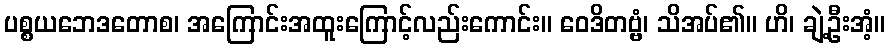
ပစ္စယဘေဒတောစ၊ အကြောင်းအထူးကြောင့်လည်းကောင်း။ ဝေဒိတဗ္ဗံ၊ သိအပ်၏။ ဟိ၊ ချဲ့ဦးအံ့။